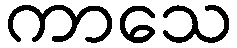
ကာသေ